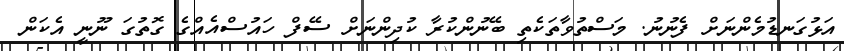
އަޅުގަނޑުމެންނަށް ފެނުނު. މަސްތުވާތަކެތި ބޭނުންކުރާ ކުދިންނަށް ސޭފް ހައުސްއެއްގެ ގޮތުގަ ނޫނީ އެކަން